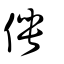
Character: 俜